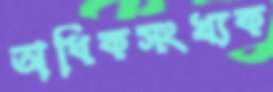
অধিকসংখ্যক